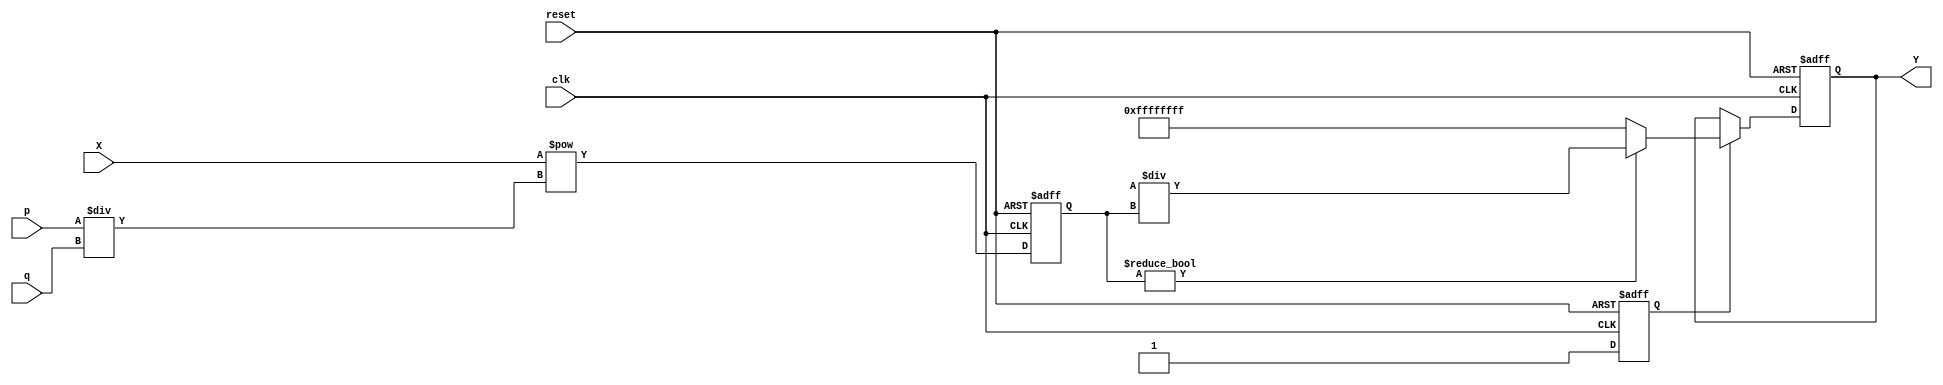
module fractional_order_reciprocal (
    input wire [31:0] X,          // Input data (fixed-point or floating-point)
    input wire [15:0] p,          // Numerator of fractional order
    input wire [15:0] q,          // Denominator of fractional order
    output reg [31:0] Y,          // Output data
    input wire clk,               // Clock signal
    input wire reset              // Reset signal
);

    reg [31:0] exponentiated_value;
    reg valid;

    // Exponentiation unit (simplified)
    always @(posedge clk or posedge reset) begin
        if (reset) begin
            exponentiated_value <= 32'b0;
            valid <= 1'b0;
        end else begin
            // You should implement the actual exponentiation logic here
            // This is a placeholder for the exponentiation, replacing with actual logic
            exponentiated_value <= X ** (p / q); // Exponentiation placeholder
            valid <= 1'b1;
        end
    end

    // Reciprocal unit
    always @(posedge clk or posedge reset) begin
        if (reset) begin
            Y <= 32'b0;
        end else if (valid) begin
            // Compute the reciprocal of the exponentiated value
            if (exponentiated_value != 0) begin
                Y <= (32'h1 << 32) / exponentiated_value; // Reciprocal using division
            end else begin
                Y <= 32'hFFFFFFFF; // Handle division by zero if necessary
            end
        end
    end

endmodule